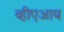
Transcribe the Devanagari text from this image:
व्हीएआय